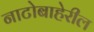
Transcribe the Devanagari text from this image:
नाटोबाहेरील